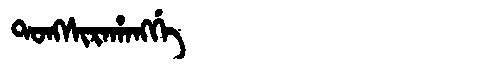
Manchu: ᡨᠣᠩᠰᡳᡵᠠᡥᠠᠩᡤᡝ
Romanization: TONGSIRAHANGGE